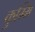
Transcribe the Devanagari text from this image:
कुम्मि